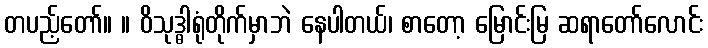
တပည့်တော်။ ။ ဝိသုဒ္ဓါရုံတိုက်မှာဘဲ နေပါတယ်၊ စာတော့ မြောင်းမြ ဆရာတော်လောင်း